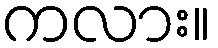
ကလား။